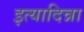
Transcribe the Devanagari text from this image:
इत्यादिन्ना